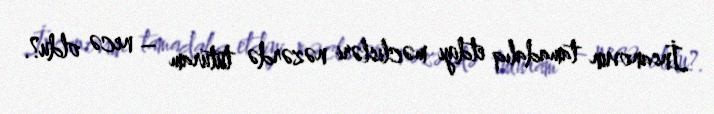
İnsanovun tamadalıq etdiyi məclisləri nəzərdə tuturam – necə oldu?.